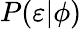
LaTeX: P(\varepsilon|\phi)